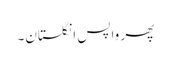
پھر واپس انگلستان۔